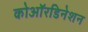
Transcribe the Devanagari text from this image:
कोऑरडिनेशन